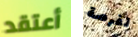
أعتقد لفرصة